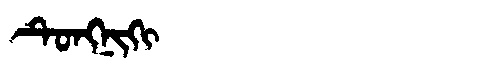
Manchu: ᡨᡠᠩᠨᡳᡴᡳ
Romanization: TUNGNIKI